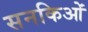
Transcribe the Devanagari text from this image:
सनकिओं